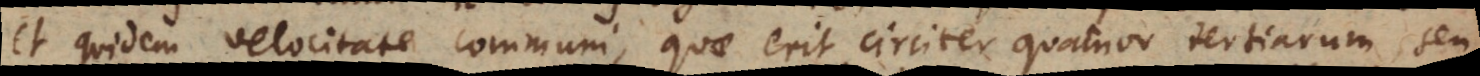
et quidem velocitate communi, quae erit circiter quatuor tertiarum, seu